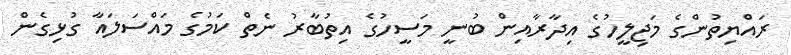
ރައްޔިތުންގެ މަޖިލީހުގެ އިދާރާއިން ބުނީ މަސީހުގެ އިތުބާރު ނެތް ކަމުގެ މައްސަލައާ ގުޅިގެން